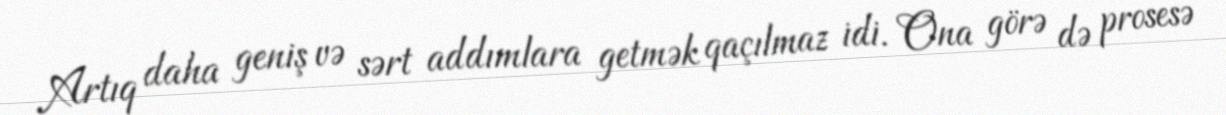
Artıq daha geniş və sərt addımlara getmək qaçılmaz idi. Ona görə də prosesə